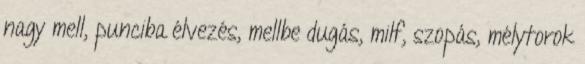
nagy mell, punciba élvezés, mellbe dugás, milf, szopás, mélytorok